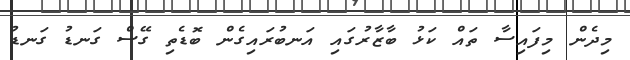
މިދެން މިފައިސާ ތައް ކަޅު ބާޒާރުގައި އަނބުރައިގެން ބޮޑެތި ގޭސް ގަނޑު ގަނޑު